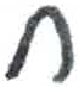
אות: ח